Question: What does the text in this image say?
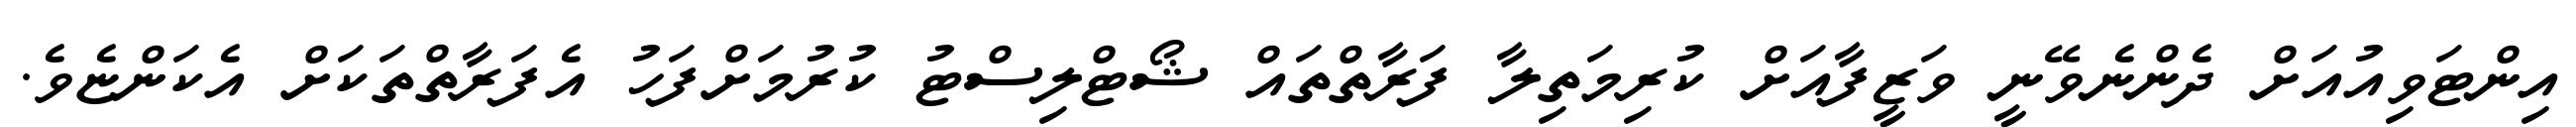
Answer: އިންޓަވިއުއަށް ދެންނެވޭނީ ވަޒީފާއަށް ކުރިމަތިލާ ފަރާތްތައް ޝޯޓްލިސްޓު ކުރުމަށްފަހު އެފަރާތްތަކަށް އެކަންޏެވެ.